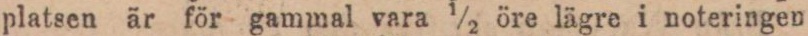
platsen är för gammal vara ½ öre lägre i noteringen